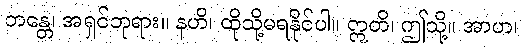
ဘန္တေ၊ အရှင်ဘုရား။ နဟိ၊ ထိုသို့မရနိုင်ပါ။ ဣတိ၊ ဤသို့။ အာဟ၊